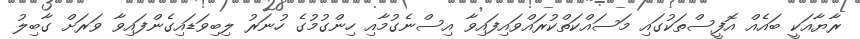
ރާޔާއަކީ ބައެއް އޮފީސްތަކުގައި މަސައްކަތްކުރައްވައިފައިވާ އިސްނެގުމާއި ހިންގުމުގެ ހުނަރު ލިބިވަޑައިގެންފައިވާ ވަރަށް ގާބިލު